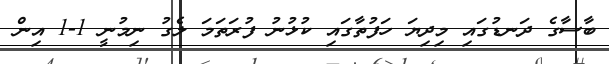
ބާސާގެ ދަނޑުގައި މިދިޔަ ހަފުތާގައި ކުޅުނު ފުރަތަމަ ލެގު ނިމުނީ 1-1 އިން